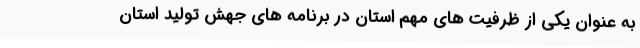
به عنوان یکی از ظرفیت های مهم استان در برنامه های جهش تولید استان